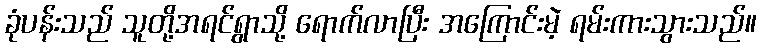
ခုံပန်းသည် သူတို့အရင်ရွာသို့ ရောက်လာပြီး အကြောင်းမဲ့ ရမ်းကားသွားသည်။